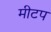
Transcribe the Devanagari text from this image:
मीटप